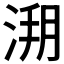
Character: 𣷥